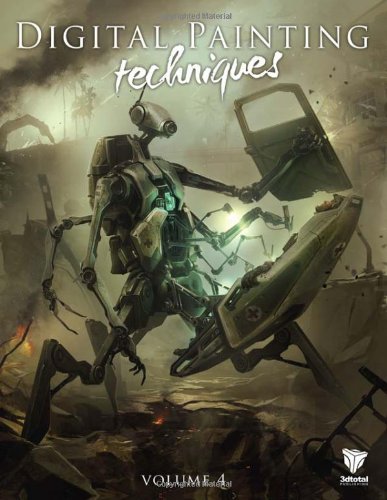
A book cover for Digital Painting Techniques: Volume 4; Ian McQue; Arts & Photography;